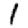
Digit: 1